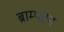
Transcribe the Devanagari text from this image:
ब्राम्पटन